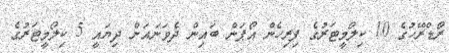
ރޯޑްރޭހުގެ 10 ކިލޯމީޓަރުގެ ފިރިހެން އޯޕަން ބައިން ދެވަނައަށް ދިޔައީ 5 ކިލޯމީޓަރުގެ